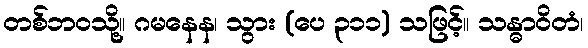
တစ်ဘဝသို့။ ဂမနေန၊ သွား (ပေ ၃၁၁) သဖြင့်။ သန္ဓာဝိတံ၊